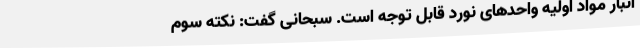
انبار مواد اولیه واحدهای نورد قابل توجه است. سبحانی گفت: نکته سوم